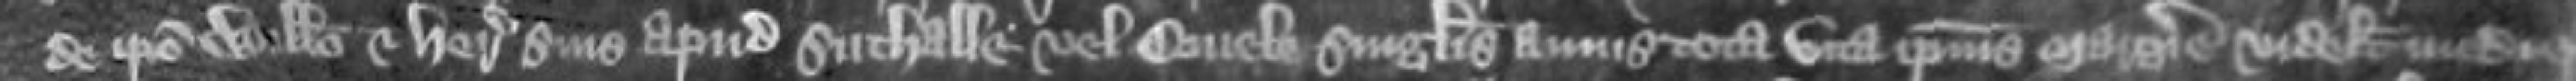
de ipso Willelmo et heredibus suis apud Suthalle vel Osvele singulis annis tota vita ipsius Margerie videlicet medie